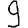
Digit: 9